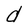
Character: d